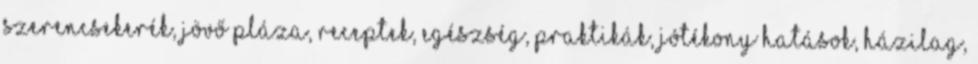
Szerencsekerék, Jövő Pláza, Receptek, Egészség, Praktikák, Jótékony hatások, Házilag,